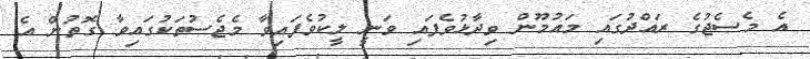
އެ މެސެޖުގެ ރައްދުގައި މައުމޫން ވިދާޅުވެފައި ވަނީ ލީކުވެފައިވާ މެޖެސުތަކުގައިވާ ގޮތުން އެ